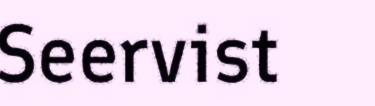
Seervist